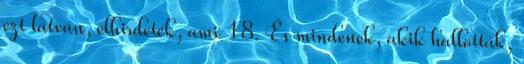
ezt látván, elhirdeték, ami 18. És mindenek, akik hallották,